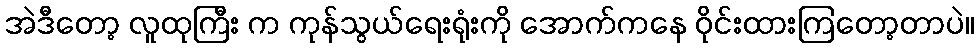
အဲဒီတော့ လူထုကြီး က ကုန်သွယ်ရေးရုံးကို အောက်ကနေ ဝိုင်းထားကြတော့တာပဲ။